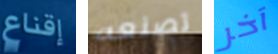
إقناع تصنعه آخر